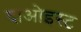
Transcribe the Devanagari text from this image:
दाओइस्ट